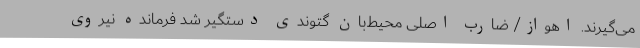
می‌گیرند. اهواز/ ضارب اصلی محیط‌بان گتوندی دستگیر شد فرمانده نیروی